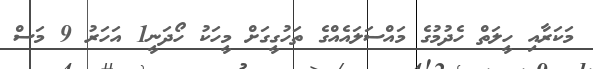
މަކަރާއި ހީލަތް ހެދުމުގެ މައްސަލައެއްގެ ތަހުގީގަށް މީހަކު ހޯދަނީ1 އަހަރު 9 މަސް